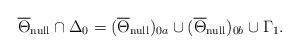
LaTeX: \begin{align*}\overline{\Theta}_{\rm null} \cap \Delta_0 = (\overline{\Theta}_{\rm null})_{0a} \cup (\overline{\Theta}_{\rm null})_{0b}\cup \Gamma_1.\end{align*}